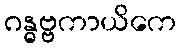
ဂန္ဓဗ္ဗကာယိကေ